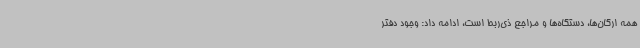
همه ارگان‌ها، دستگاه‌ها و مراجع ذی‌ربط است، ادامه داد: وجود دفتر